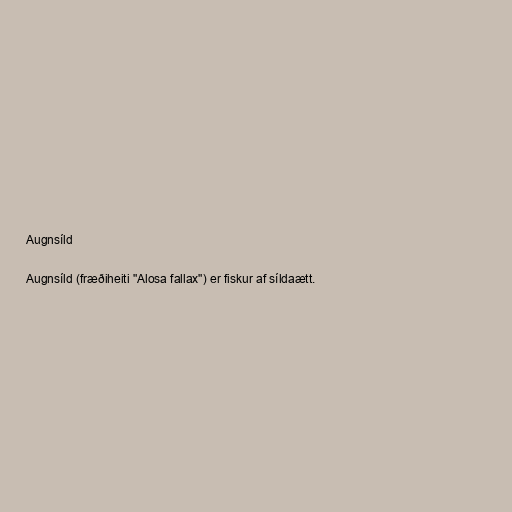
Augnsíld

Augnsíld (fræðiheiti "Alosa fallax") er fiskur af síldaætt.